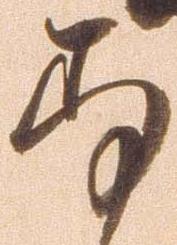
存